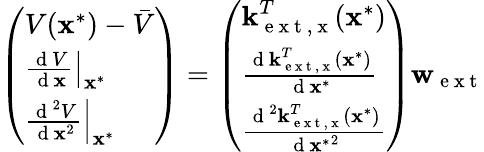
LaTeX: \left(\begin{array}{l}{V(\textbf{x}^{*})-\bar{V}}\\ {\left.\frac{\mathrm{~d~}V}{\mathrm{~d~}\textbf{x}}\right|_{\textbf{x}^{*}}}\\ {\left.\frac{\mathrm{~d~}^{2}V}{\mathrm{~d~}\textbf{x}^{2}}\right|_{\textbf{x}^{*}}}\end{array}\right)=\left(\begin{array}{l}{\textbf{k}_{\mathrm{~e~x~t~,~x~}}^{T}(\textbf{x}^{*})}\\ {\frac{\mathrm{~d~}\textbf{k}_{\mathrm{~e~x~t~,~x~}}^{T}(\textbf{x}^{*})}{\mathrm{~d~}\textbf{x}^{*}}}\\ {\frac{\mathrm{~d~}^{2}\textbf{k}_{\mathrm{~e~x~t~,~x~}}^{T}(\textbf{x}^{*})}{\mathrm{~d~}{\textbf{x}^{*}}^{2}}}\end{array}\right)\textbf{w}_{\mathrm{~e~x~t~}}